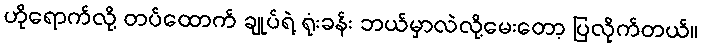
ဟိုရောက်လို့ တပ်ထောက် ချုပ်ရဲ့ ရုံးခန်း ဘယ်မှာလဲလို့မေးတော့ ပြလိုက်တယ်။